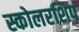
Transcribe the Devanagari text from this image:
स्कोलरशिप